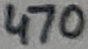
Text: 470